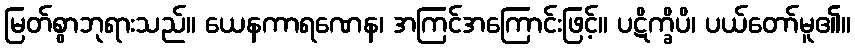
မြတ်စွာဘုရားသည်။ ယေနကာရဏေန၊ အကြင်အကြောင်းဖြင့်။ ပဋိက္ခိပိ၊ ပယ်တော်မူ၏။